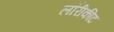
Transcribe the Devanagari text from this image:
लॉरीकीट